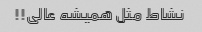
نشاط مثل همیشه عالی!!